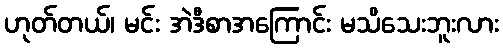
ဟုတ်တယ်၊ မင်း အဲဒီစာအကြောင်း မသိသေးဘူးလား